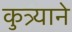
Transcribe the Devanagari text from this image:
कुत्र्याने